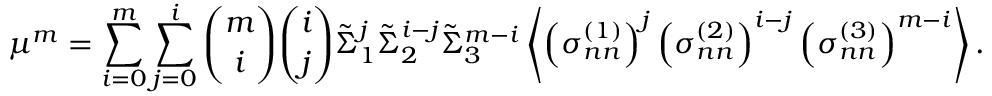
\mu ^ { m } = \sum _ { i = 0 } ^ { m } \sum _ { j = 0 } ^ { i } \binom { m } { i } \binom { i } { j } \tilde { \Sigma } _ { 1 } ^ { j } \tilde { \Sigma } _ { 2 } ^ { i - j } \tilde { \Sigma } _ { 3 } ^ { m - i } \left\langle \left( \sigma _ { n n } ^ { ( 1 ) } \right) ^ { j } \left( \sigma _ { n n } ^ { ( 2 ) } \right) ^ { i - j } \left( \sigma _ { n n } ^ { ( 3 ) } \right) ^ { m - i } \right\rangle .